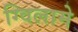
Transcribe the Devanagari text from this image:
ग्विलामे